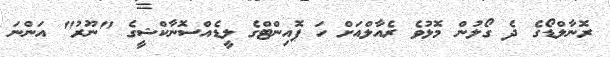
ރޮނާލްޑޯގެ ދެ ގޯލުން މޮޅުވެ ރެއާލްއަށް ހަ ޕޮއިންޓްގެ ލީޑެއްސޮނާކްޝީގެ "ނޫރު" އަންނަ